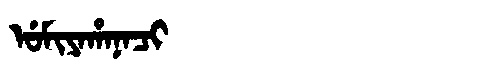
Manchu: ᡠᠮᡳᠶᠠᡥᠠᠨᠠᠴᡳ
Romanization: UMIYAHANACI